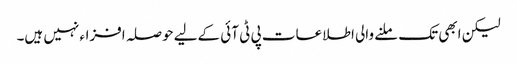
لیکن ابھی تک ملنے والی اطلاعات پی ٹی آئی کےلیے حوصلہ افزاء نہیں ہیں۔